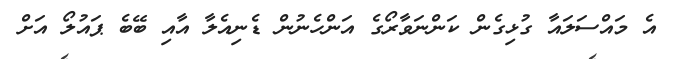
އެ މައްސަލައާ ގުޅިގެން ކަންނަވާރޯގެ އަންހެނުން ޑެނިއެލާ އާއި ބޭބެ ޕައުލޯ އަށް